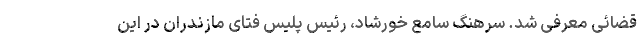
قضائی معرفی شد. سرهنگ سامع خورشاد، رئیس‌ پلیس‌ فتای مازندران در این‌